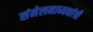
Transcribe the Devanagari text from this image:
संमेलनाध्यक्षांची